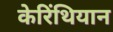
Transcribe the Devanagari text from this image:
केरिंथियान